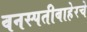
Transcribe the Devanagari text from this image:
वनस्पतीबाहेरचे